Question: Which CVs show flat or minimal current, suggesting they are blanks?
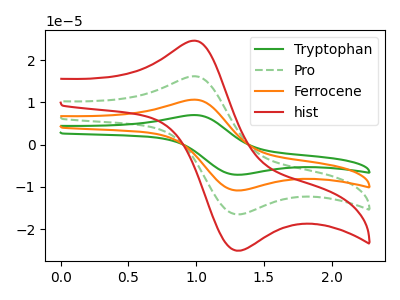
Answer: <think>The green curve "Tryptophan" has an anodic peak at (1.00V, 48.55uA) and a cathodic peak at (1.35V, -49.55uA). The green dashed curve "Pro" has an anodic peak at (1.00V, 16.20uA) and a cathodic peak at (1.35V, -16.50uA). The orange curve "Ferrocene" has an anodic peak at (1.00V, 32.35uA) and a cathodic peak at (1.35V, -33.05uA). The red curve "hist" has an anodic peak at (1.00V, 24.60uA) and a cathodic peak at (1.35V, -25.10uA).</think>
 <answer>There are not any CV's on this graph that are likely to be blanks.</answer>
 <eval>none</eval>